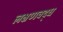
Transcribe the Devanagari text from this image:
लक्षणवद्ध